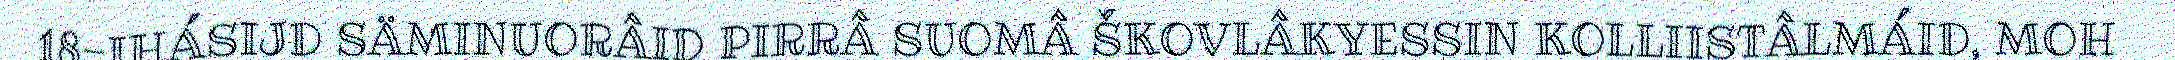
18-IHÁSIJD SÄMINUORÂID PIRRÂ SUOMÂ ŠKOVLÂKYESSIN KOLLIISTÂLMÁID, MOH